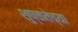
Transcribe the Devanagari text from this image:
शुष्कतेच्या